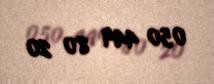
050 449 80 20